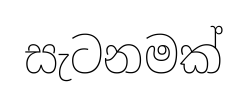
සැටනමක්